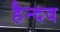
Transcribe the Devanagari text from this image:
हैन्दव